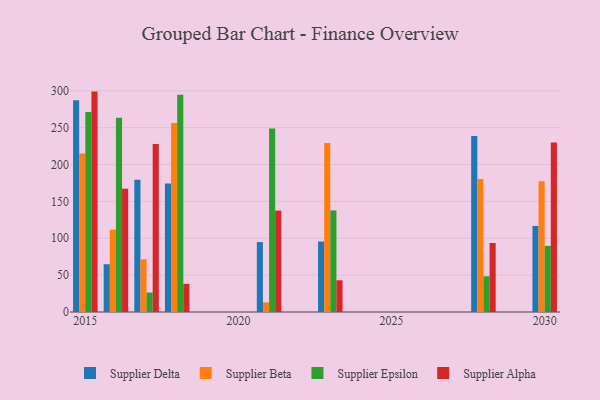
{"axis": {"x": "Year", "y": "Demand Index"}, "legend": ["Supplier Alpha", "Supplier Beta", "Supplier Delta", "Supplier Epsilon"], "data": [{"x": "2021", "y": 94.8, "type": "Supplier Delta"}, {"x": "2021", "y": 13.0, "type": "Supplier Beta"}, {"x": "2021", "y": 248.8, "type": "Supplier Epsilon"}, {"x": "2021", "y": 137.5, "type": "Supplier Alpha"}, {"x": "2028", "y": 238.6, "type": "Supplier Delta"}, {"x": "2028", "y": 180.5, "type": "Supplier Beta"}, {"x": "2028", "y": 48.4, "type": "Supplier Epsilon"}, {"x": "2028", "y": 93.6, "type": "Supplier Alpha"}, {"x": "2018", "y": 174.2, "type": "Supplier Delta"}, {"x": "2018", "y": 256.4, "type": "Supplier Beta"}, {"x": "2018", "y": 294.6, "type": "Supplier Epsilon"}, {"x": "2018", "y": 38.2, "type": "Supplier Alpha"}, {"x": "2017", "y": 179.2, "type": "Supplier Delta"}, {"x": "2017", "y": 71.4, "type": "Supplier Beta"}, {"x": "2017", "y": 26.4, "type": "Supplier Epsilon"}, {"x": "2017", "y": 227.7, "type": "Supplier Alpha"}, {"x": "2015", "y": 287.1, "type": "Supplier Delta"}, {"x": "2015", "y": 215.1, "type": "Supplier Beta"}, {"x": "2015", "y": 271.1, "type": "Supplier Epsilon"}, {"x": "2015", "y": 298.9, "type": "Supplier Alpha"}, {"x": "2023", "y": 95.6, "type": "Supplier Delta"}, {"x": "2023", "y": 229.3, "type": "Supplier Beta"}, {"x": "2023", "y": 137.7, "type": "Supplier Epsilon"}, {"x": "2023", "y": 43.0, "type": "Supplier Alpha"}, {"x": "2016", "y": 64.8, "type": "Supplier Delta"}, {"x": "2016", "y": 111.7, "type": "Supplier Beta"}, {"x": "2016", "y": 263.4, "type": "Supplier Epsilon"}, {"x": "2016", "y": 167.2, "type": "Supplier Alpha"}, {"x": "2030", "y": 116.7, "type": "Supplier Delta"}, {"x": "2030", "y": 177.3, "type": "Supplier Beta"}, {"x": "2030", "y": 89.7, "type": "Supplier Epsilon"}, {"x": "2030", "y": 229.9, "type": "Supplier Alpha"}]}